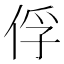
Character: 俘